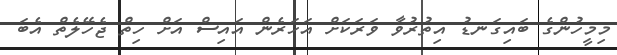
މިމީހުންގެ ބައިގަނޑު އިތުރުވާ ވަރަކަށް އަހަރެން އައިސް އަށް ހިތް ޖެހޭލެތް އެބަ